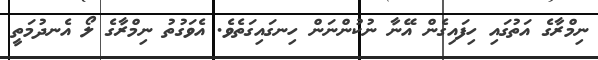
ނިމްރާގެ އަތުގައި ހިފައިގެން އޭނާ ނުކުންނަން ހިނގައިގަތެވެ. އެވަގުތު ނިމްރާގެ ލޯ އެނދުމަތީ